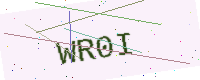
Text: WR0I